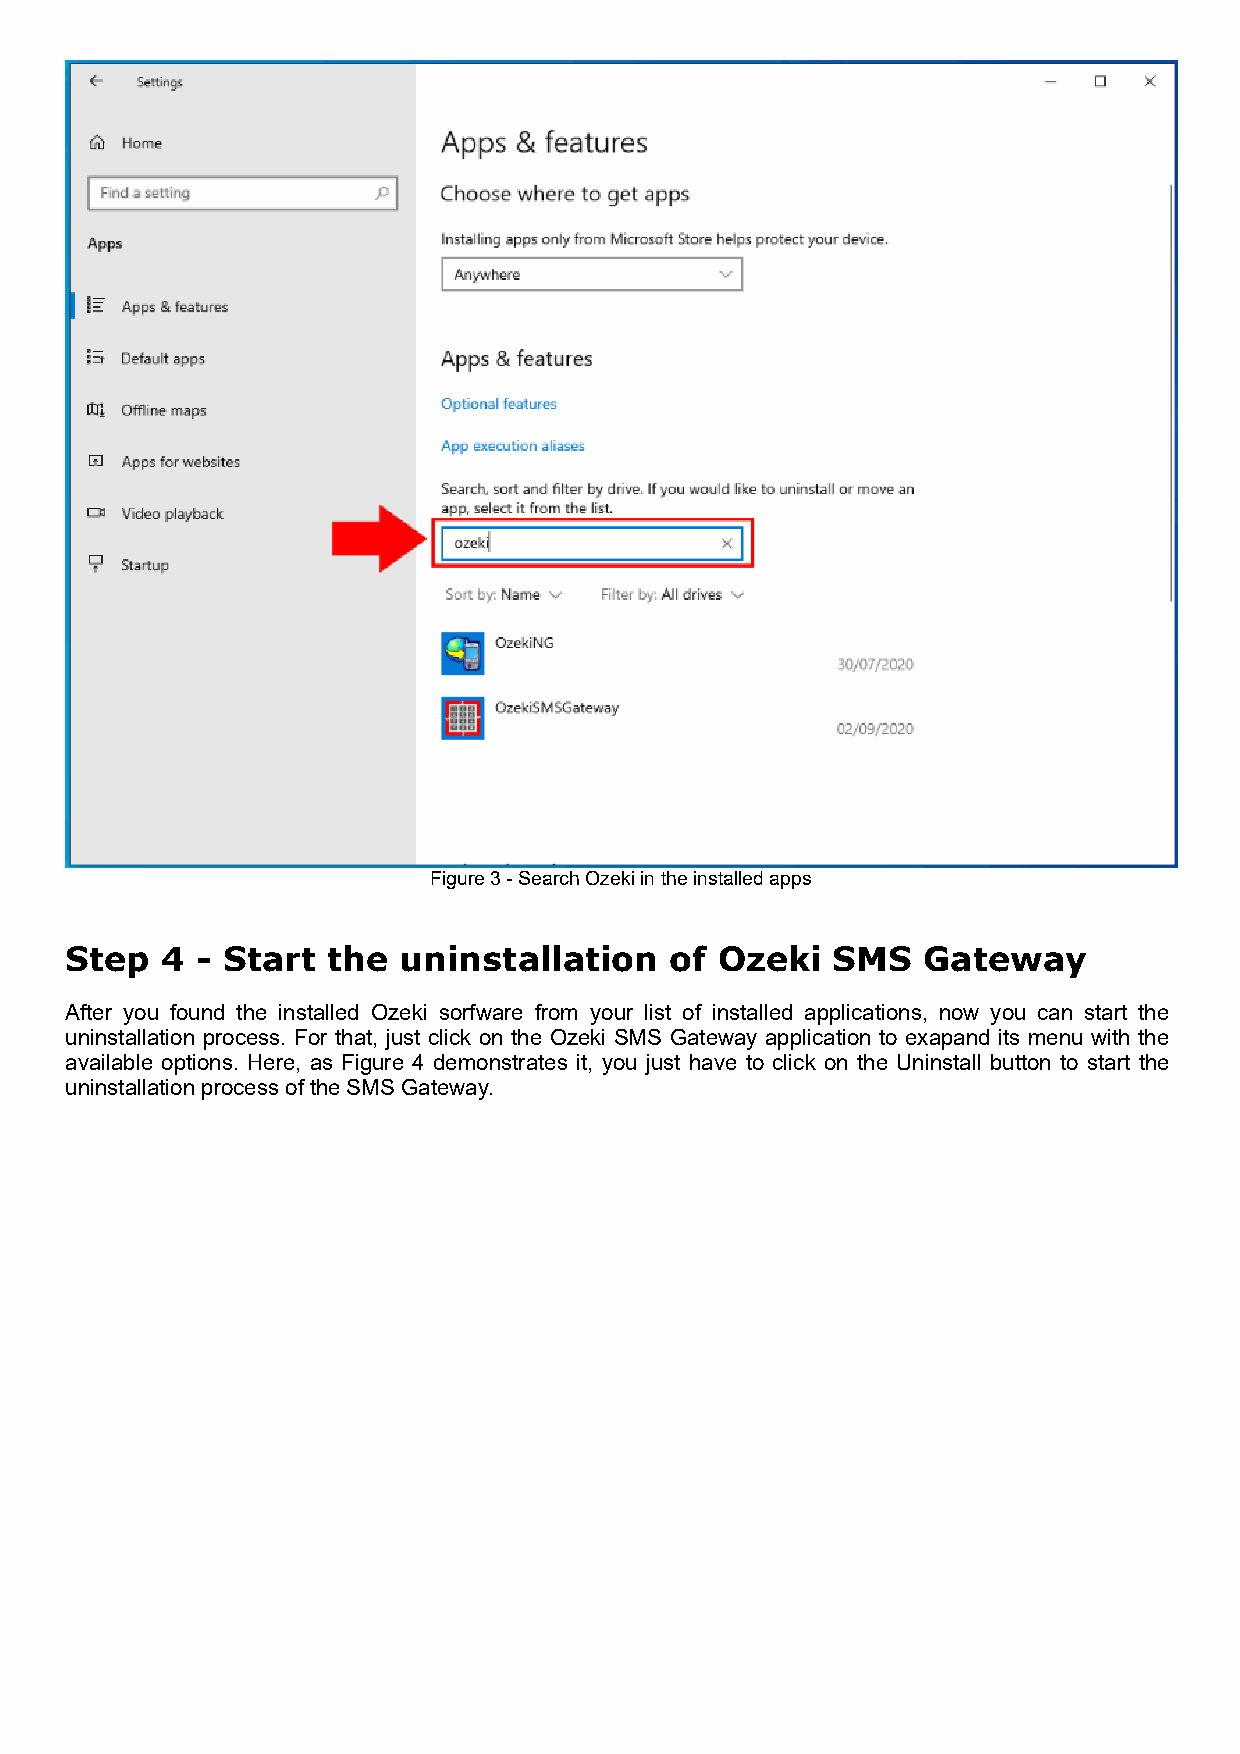
Figure 3 - Search Ozeki in the installed apps
 Step   4 - Start  the uninstallation    of  Ozeki  SMS   Gateway
 After you found the installed Ozeki sorfware from your list of installed applications, now you can start the
 uninstallation process. For that, just click on the Ozeki SMS Gateway application to exapand its menu with the
 available options. Here, as Figure 4 demonstrates it, you just have to click on the Uninstall button to start the
 uninstallation process of the SMS Gateway.